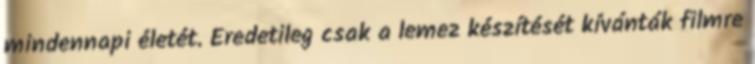
mindennapi életét. Eredetileg csak a lemez készítését kívánták filmre